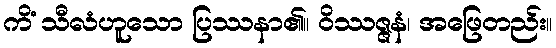
ကိံ သီလံဟူသော ပြဿနာ၏။ ဝိဿဇ္ဇနံ၊ အဖြေတည်း။